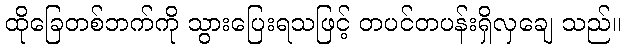
ထိုခြေတစ်ဘက်ကို သွားပြေးရသဖြင့် တပင်တပန်းရှိလှချေ သည်။